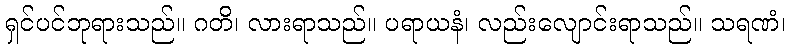
ရှင်ပင်ဘုရားသည်။ ဂတိ၊ လားရာသည်။ ပရာယနံ၊ လည်းလျောင်းရာသည်။ သရဏံ၊